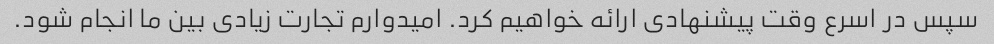
سپس در اسرع وقت پیشنهادی ارائه خواهیم کرد. امیدوارم تجارت زیادی بین ما انجام شود.